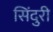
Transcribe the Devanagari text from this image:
सिंदुरी